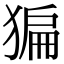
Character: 猵